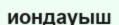
иондауыш